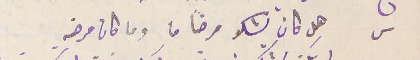
س   هل كان يشكو مرضًا ما وما كان مرضه